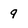
Character: 9